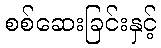
စစ်ဆေးခြင်းနှင့်